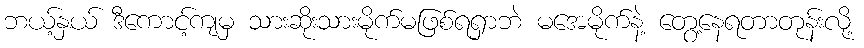
ဘယ့်နှယ် ဒီကောင့်ကျမှ သားဆိုးသားမိုက်မဖြစ်ရရှာဘဲ မအေမိုက်နဲ့ တွေ့နေရတာတုန်းလို့